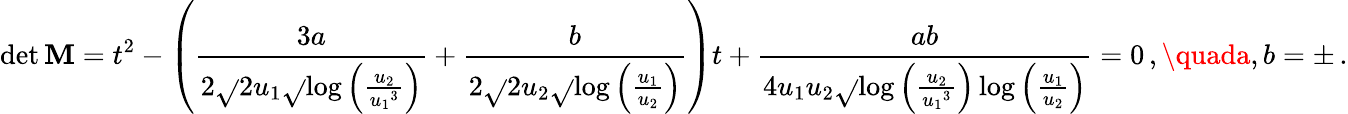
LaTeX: \operatorname*{det}\mathbf{M}=t^{2}-\left(\frac{{3a}}{{2\sqrt{}{{2}}{u_{1}}\sqrt{}{{\log\left(\frac{{{u_{2}}}}{{{u_{1}}^{3}}}\right)}}}}+\frac{{b}}{{2\sqrt{}{{2}}{u_{2}}\sqrt{}{{\log\left(\frac{{{u_{1}}}}{{{u_{2}}}}\right)}}}}\right)t+\frac{{ab}}{{4{u_{1}u_{2}}\sqrt{}{{\log\left(\frac{{{u_{2}}}}{{{u_{1}}^{3}}}\right)\log\left(\frac{{{u_{1}}}}{{{u_{2}}}}\right)}}}}=0\, ,\quada,b=\pm\, .